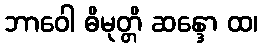
ဘာဝေါ ဓိမုတ္တိ ဆန္ဒော ထ၊